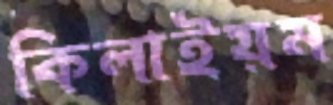
কিলাইয়ম